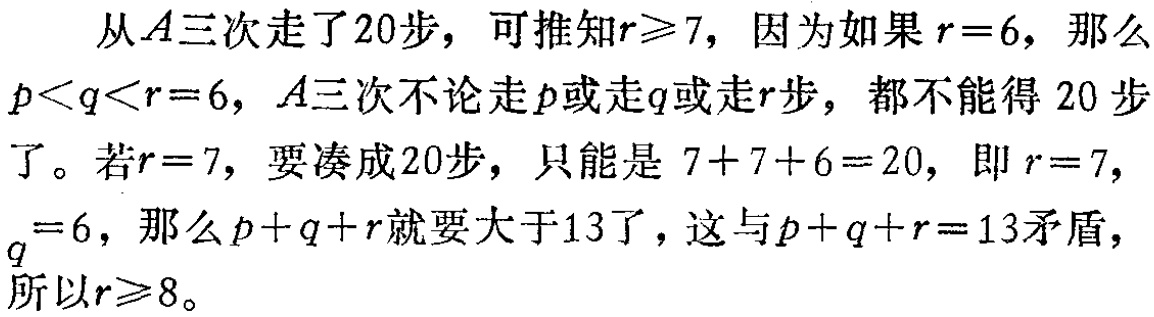
从\(A\)三次走了\(20\)步，可推知\(r\geqslant 7\)，因为如果\(r = 6\)，那么\(p<q<r = 6\)，\(A\)三次不论走\(p\)或走\(q\)或走\(r\)步，都不能得\(20\)步了。若\(r = 7\)，要凑成\(20\)步，只能是 \(7 + 7 + 6 = 20\)，即 \(r = 7\)，\(q = 6\)，那么\(p + q + r\)就要大于\(13\)了，这与\(p + q + r = 13\)矛盾，所以\(r\geqslant 8\)。